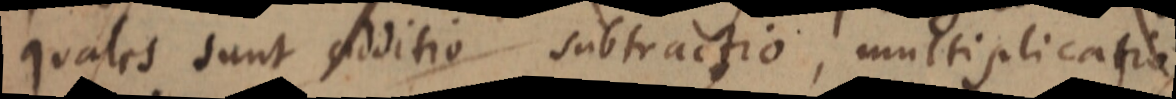
quales sunt additio subtractio, multiplicatio,